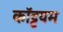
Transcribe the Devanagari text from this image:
कॉट्टयम